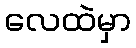
လေထဲမှာ